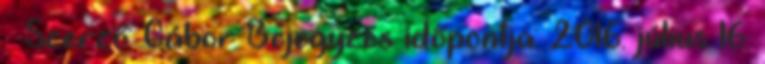
Szerző: Gábor Bejegyzés időpontja: 2016. július 16.